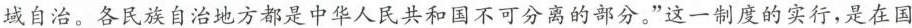
域自治。各民族自治地方都是中华人民共和国不可分离的部分。”这一制度的实行，是在国